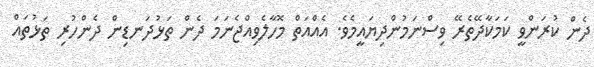
ދެން ކުރަންވީ ކަމަކާދޭތެރޭ ވިސްނަމުންދިޔައީމެވެ. އެއްއަތް މޮހާލެވިއްޖެނަމަ ދެން ތަޅުދަނޑިން ދެންހުރި ތަޅުތައް